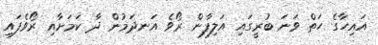
އައިހާގެ ހަތް ވަނަ ބުރީގައި އަލިފާން ރޯވެ އަނދަމުން ދާ ކަމަށާއި ރޯވެފައި